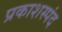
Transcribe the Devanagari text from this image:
प्रकाशस्पंद